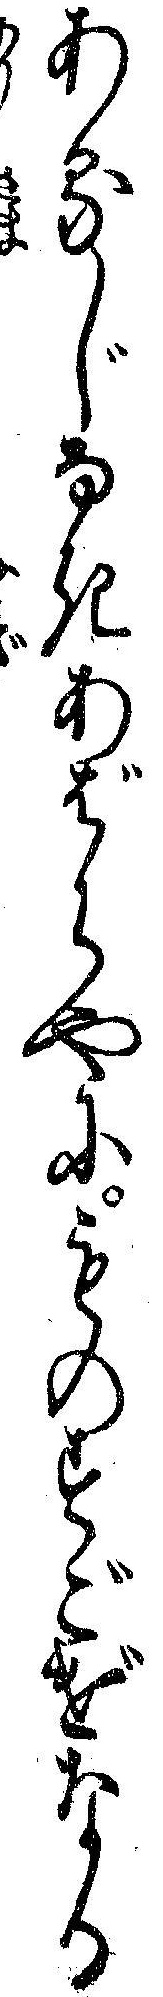
あるじなきあばらやにものすごげなる